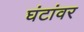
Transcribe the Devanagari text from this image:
घंटांवर